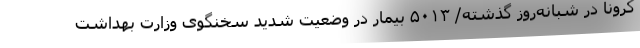
کرونا در شبانه‌روز گذشته/ ۵۰۱۳ بیمار در وضعیت شدید سخنگوی وزارت بهداشت